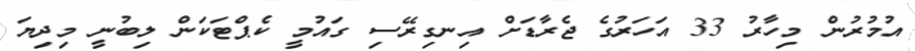
އުމުރުން މިހާރު 33 އަހަރުގެ ޖެރާޑަށް އިނގިރޭސި ގައުމީ ކެޕްޓަކަން ލިބުނީ މިދިޔަ